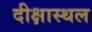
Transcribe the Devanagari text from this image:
दीक्षास्थल